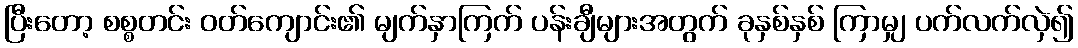
ပြီးတော့ စစ္စတင်း ဝတ်ကျောင်း၏ မျက်နှာကြက် ပန်းချီများအတွက် ခုနှစ်နှစ် ကြာမျှ ပက်လက်လှဲ၍